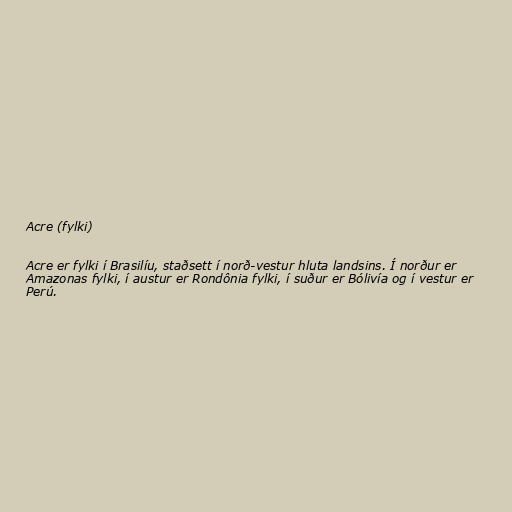
Acre (fylki)

Acre er fylki í Brasilíu, staðsett í norð-vestur hluta landsins. Í norður er
Amazonas fylki, í austur er Rondônia fylki, í suður er Bólivía og í vestur er
Perú.